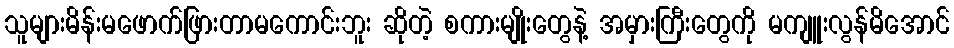
သူများမိန်းမဖောက်ဖြားတာမကောင်းဘူး ဆိုတဲ့ စကားမျိုးတွေနဲ့ အမှားကြီးတွေကို မကျူးလွန်မိအောင်